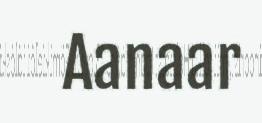
Aanaar